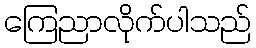
ကြေညာလိုက်ပါသည်